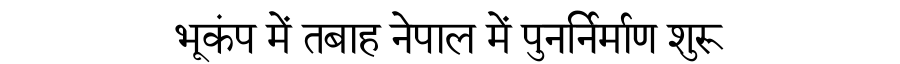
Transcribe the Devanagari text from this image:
भूकंप में तबाह नेपाल में पुनर्निर्माण शुरू